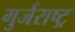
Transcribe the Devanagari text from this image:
गुर्जराष्ट्र